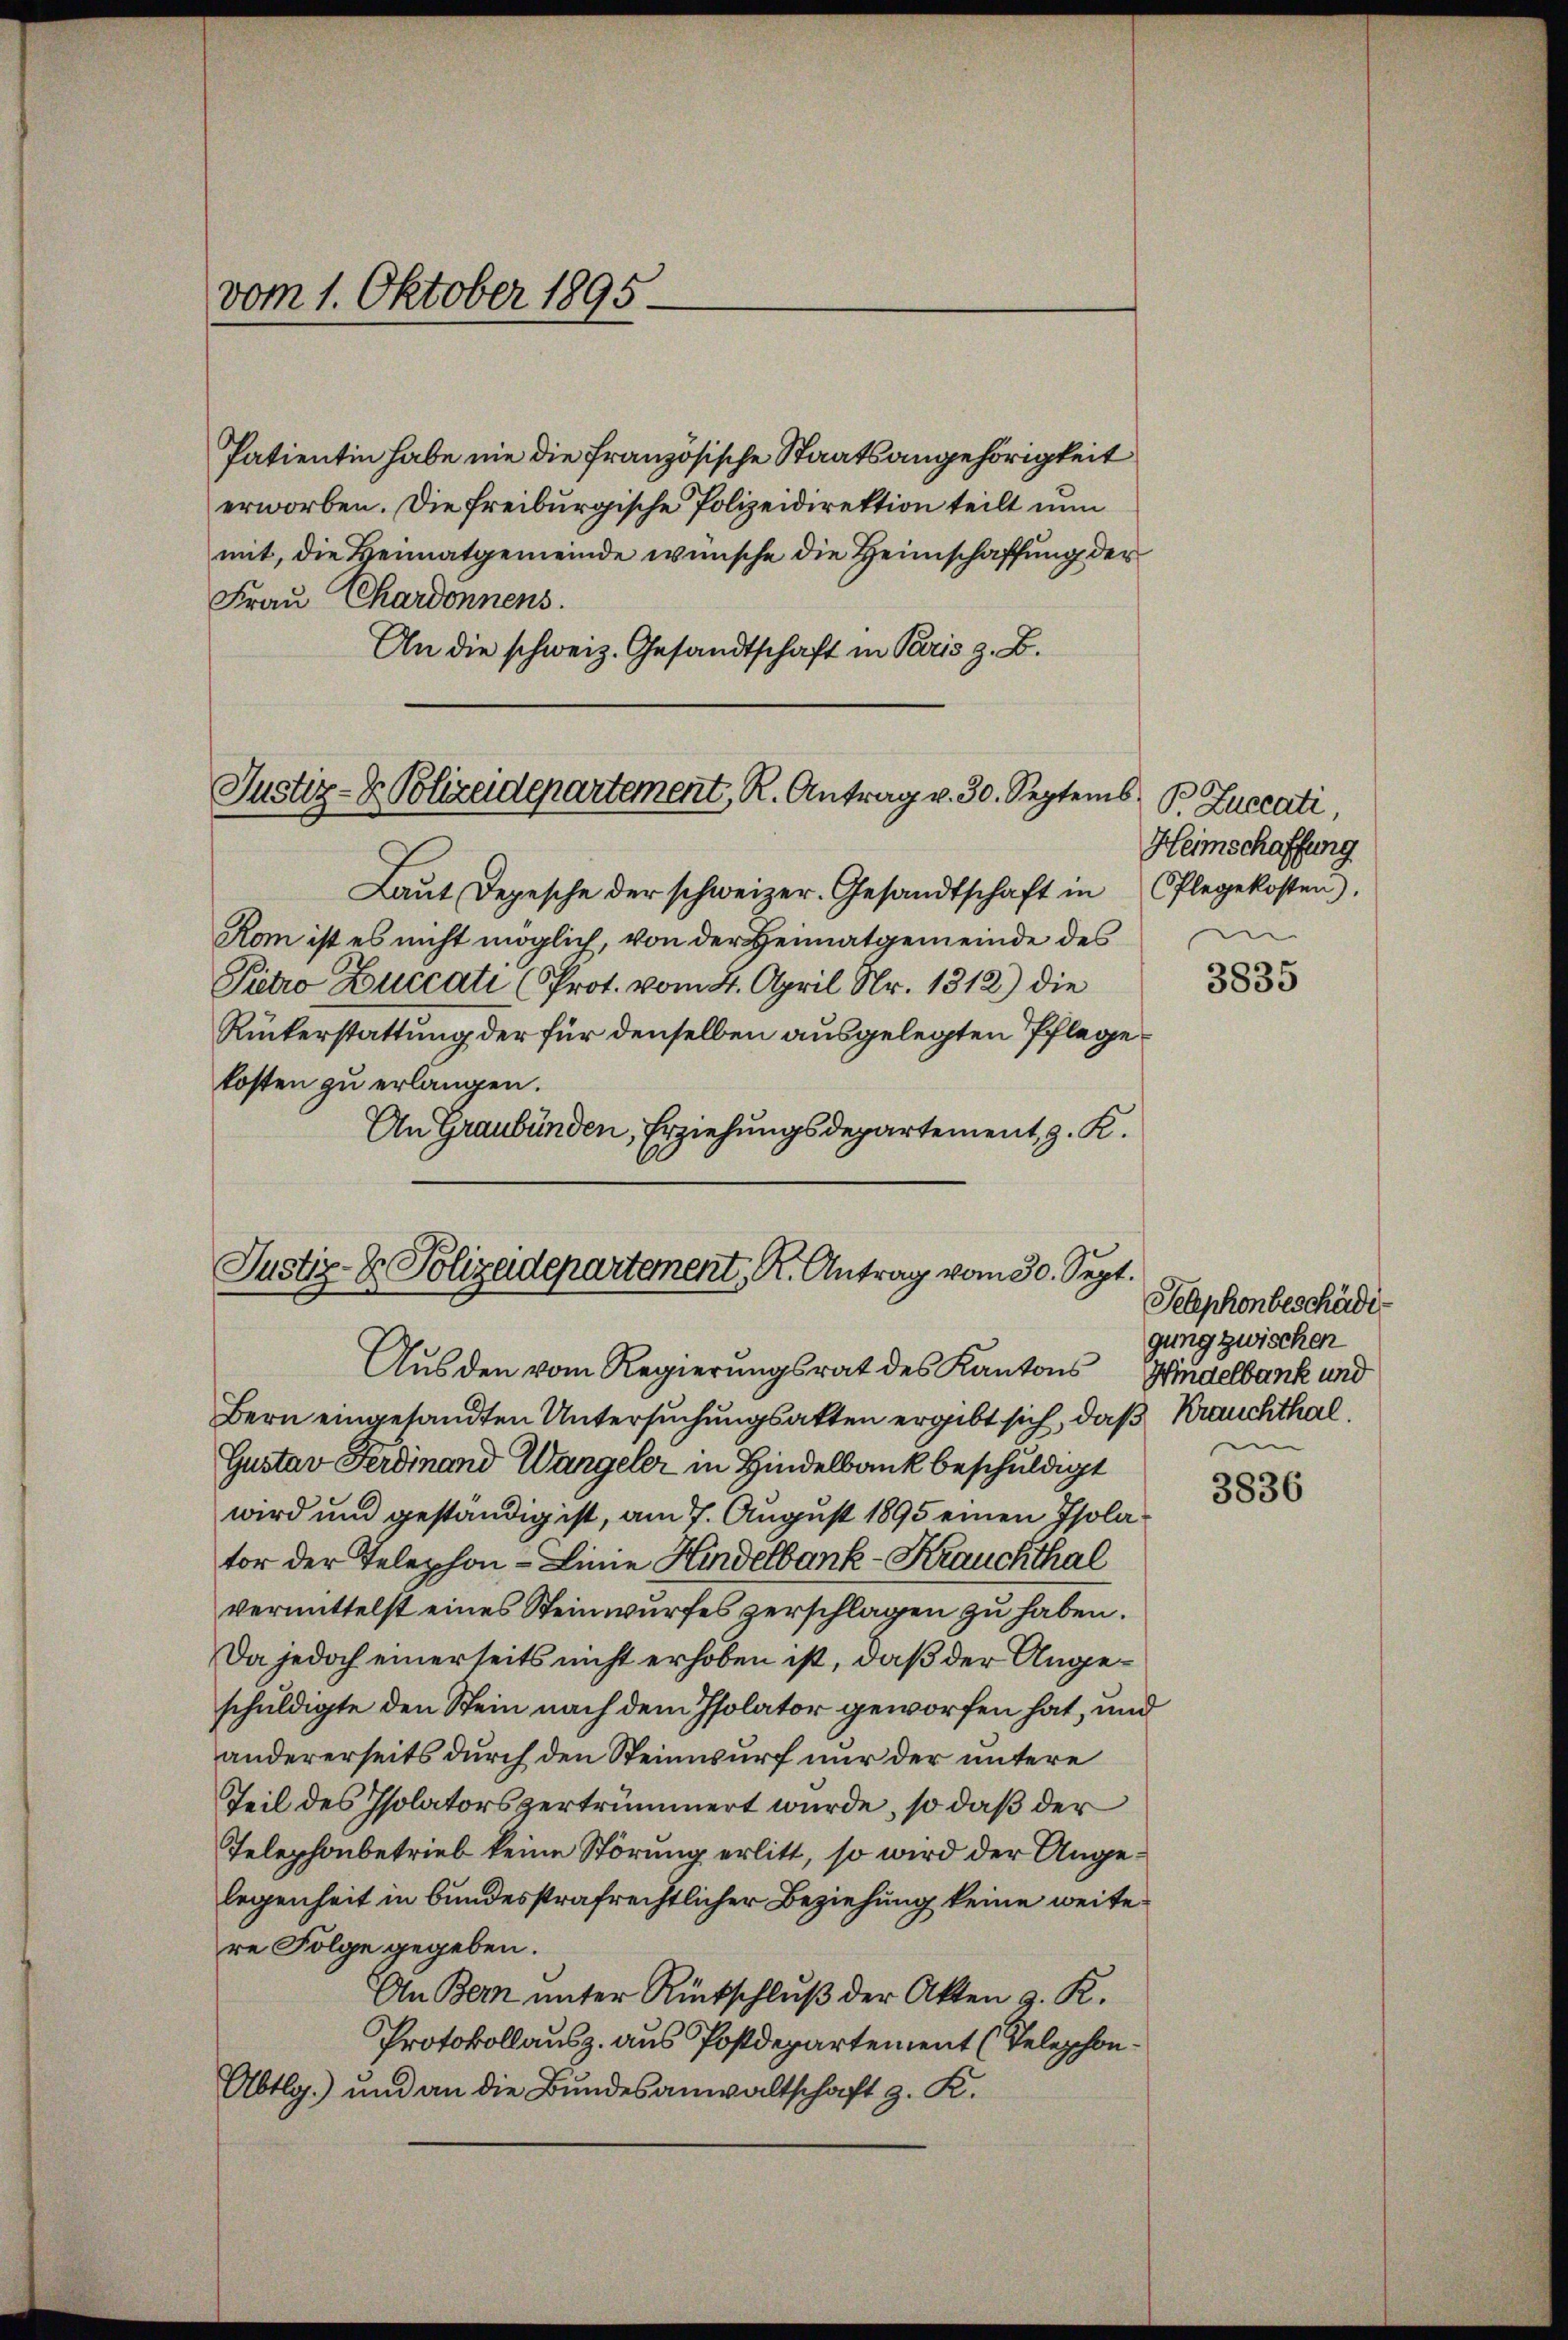
vom 1. Oktober 1895.

Patientin habe nie die französische Staatsangehörigkeit
erworben. Die freiburgische Polizeidirektion teilt nun
mit, die Heimatgemeinde wünsche die Heimschaffung der
Frau Chardonnens.
An die schweiz. Gesandtschaft in Paris z. B.
Laut Depesche der schweizer. Gesandtschaft in
Kom ist es nicht möglich, von der Heimatgemeinde des
Pietro Duccati (Prot. vom 4. April Nr. 1312) die
Rückerstattung der für denselben ausgelegten Pflegekosten zu erlangen.
An Graubünden, Erziehungsdepartement, z. K.

s
Justiz- & Polizeidepartement, R. Antrag v. 30. Septemb

Justiz- & Polizadepartement, K. Antrag vom 30. Sept.
Aus den vom Regierungsrat des Kantons

Bern eingesandten Untersuchungsakten ergibt sich, daß Krauchthal.
Gustav Ferdinand Wangeler in Hindelbank beschuldigt
wird und geständig ist, am 7. August 1895 einen Isolator der Telephon-Linie Hindelbank -Krauchthal
vermittelst eines Steinwurfes zerschlagen zu haben.
Da jedoch einerseits nicht erhoben ist, daß der Angeschuldigte den Stein nach dem Psolator geworfen hat, und
andererseits durch den Steinwurf nur der untere
Teil des Isolators zertrümmert wurde, so daß der
Telephonbetrieb keine Störung erlitt, so wird der Angelegenheit in bundesstrafrechtlicher Beziehung keine weitere Folge gegeben.
An Bern unter Rückschlŭβ der Akten 9. R.
Protokollausz. aus Postdepartement (Telephon¬
Abtlg.) und an die Bundesanwaltschaft z. K.

P. Luccati,
Heimschaffung
Plegekosten).

3835

Telephonbeschädigung zwischen
Hindelbank und

3836